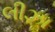
લીઝા